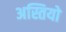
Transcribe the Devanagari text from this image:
अस्तियो